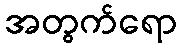
အတွက်ရော